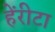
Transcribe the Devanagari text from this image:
हेंरीटा